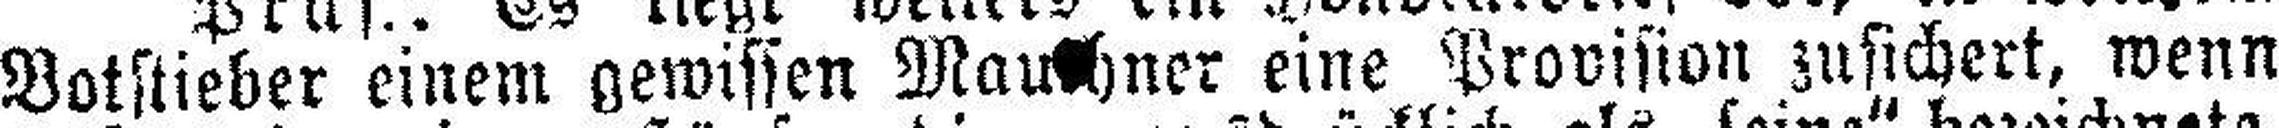
Botstieber einem gewissen Mauthner eine Provision zusichert, wenn